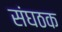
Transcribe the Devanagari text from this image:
संघठक